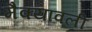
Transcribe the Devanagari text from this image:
मैक्यावली